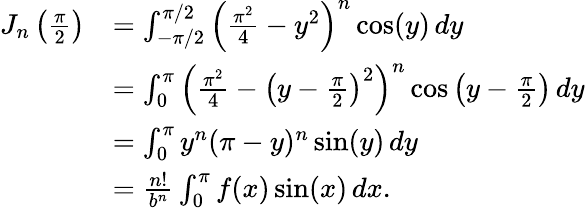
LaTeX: {\begin{array}{rl}{J_{n}\left({\frac{\pi}{2}}\right)}&{=\int_{-\pi/2}^{\pi/2}\left({\frac{\pi^{2}}{4}}-y^{2}\right)^{n}\cos(y)\, dy}\\ &{=\int_{0}^{\pi}\left({\frac{\pi^{2}}{4}}-\left(y-{\frac{\pi}{2}}\right)^{2}\right)^{n}\cos\left(y-{\frac{\pi}{2}}\right)\, dy}\\ &{=\int_{0}^{\pi}y^{n}(\pi-y)^{n}\sin(y)\, dy}\\ &{={\frac{n!}{b^{n}}}\int_{0}^{\pi}f(x)\sin(x)\, dx.}\end{array}}